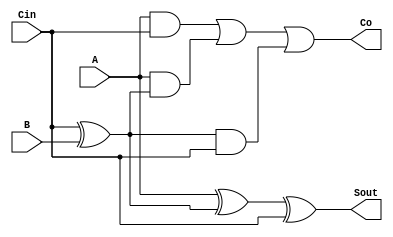
`timescale 1ns / 1ps
//////////////////////////////////////////////////////////////////////////////////
// Company: 
// Engineer: 
// 
// Design Name: 
// Module Name:    gg 
// Project Name: 
// Target Devices: 
// Tool versions: 
// Description: 
//
// Dependencies: 
//
// Revision: 
// Revision 0.01 - File Created
// Additional Comments: 
//
//////////////////////////////////////////////////////////////////////////////////
module adder (A, B, Cin, Sout, Co);
input A, B, Cin;
output Co, Sout;
wire e1, e2, e3, e4;
xor g0(e4, Cin, B);
xor g1(Sout, A, e4, Cin);
and g2(e1, A, Cin);
and g3(e2, A, e4);
and g4(e3, e4, Cin);
or g5(Co, e1, e2, e3);
endmodule 

module gg(
     a,
	  b,
     Cin,
     s,
     Co
    );
	 
input Cin;
input [3:0] a;
input [3:0] b;
output [3:0] s;
output Co;

adder g(a[0], b[0], Cin, s[0], c1);
adder g1(a[1], b[1], c1, s[1], c2);
adder g2(a[2], b[2], c2, s[2], c3);
adder g3(a[3], b[3], c3, s[3], Co);

endmodule